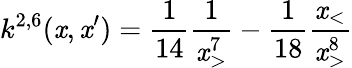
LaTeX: k^{2,6}(\mathit{x},\mathit{x}^{\prime})=\frac{{1}}{{14}}\frac{{1}}{{\mathit{x}_{>}^{7}}}-\frac{{1}}{{18}}\frac{{\mathit{x}_{<}}}{{\mathit{x}_{>}^{8}}}